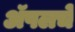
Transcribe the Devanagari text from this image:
ॲपलचे